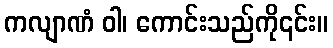
ကလျာဏံ ဝါ၊ ကောင်းသည်ကို၎င်း။